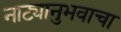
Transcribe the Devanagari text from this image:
नाट्यानुभवाचा